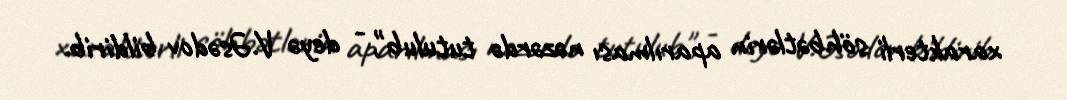
xarakterli söhbətlərin aparılması nəzərdə tutulub", - deyə V.Əsədov bildirib.